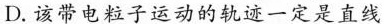
D.该带电粒子运动的轨迹一定是直线